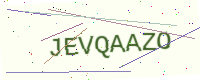
Text: JEVQAAZO